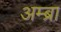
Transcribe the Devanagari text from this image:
अम्ब्रा